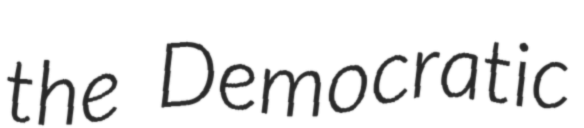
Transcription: the Democratic